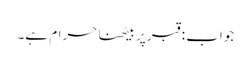
جواب : قبر پر بیٹھنا حرام ہے۔